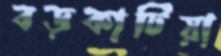
বড়কাটিয়া